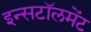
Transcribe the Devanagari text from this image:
इन्सटॉलमेंट